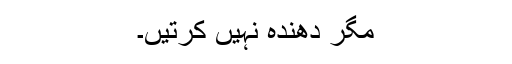
مگر دھندہ نہیں کرتیں۔